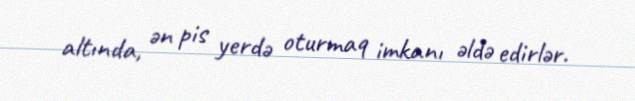
altında, ən pis yerdə oturmaq imkanı əldə edirlər.